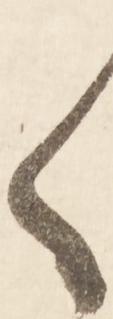
く